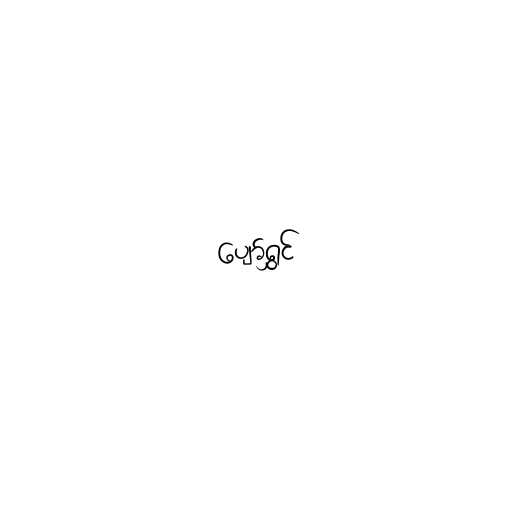
ပျော်ရွှင်